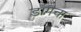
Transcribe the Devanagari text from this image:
डांगचा